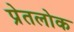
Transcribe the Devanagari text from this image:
प्रेतलोक